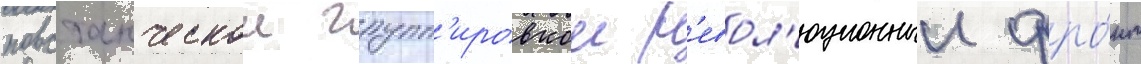
повстанческои групп'ировкои р'евол'юционныи фро́нт